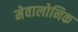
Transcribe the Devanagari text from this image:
मेवालोनिक